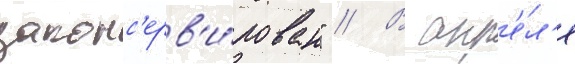
законс'ерв'и́рован" // В апр'е́л'е